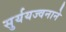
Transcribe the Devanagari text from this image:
सुर्ययज्वनाने